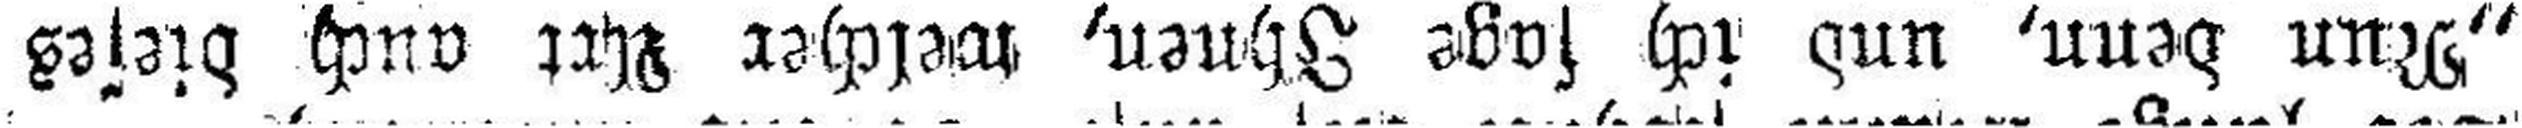
„Nun denn, und ich sage Ihnen, welcher Art auch dieses